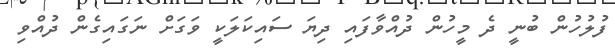
ފުލުހުން ބުނީ ދެ މީހުން ދުއްވާފައި ދިޔަ ސައިކަލަކީ ވަގަށް ނަގައިގެން ދުއްވި